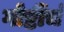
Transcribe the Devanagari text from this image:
गोष्टींचं